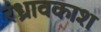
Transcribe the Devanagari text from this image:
रंध्रावकाश